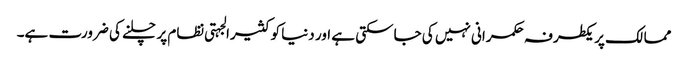
ممالک پر یکطرفہ حکمرانی نہیں کی جاسکتی ہے اور دنیا کو کثیرالجہتی نظام پر چلنے کی ضرورت ہے۔